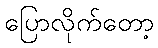
ပြောလိုက်တော့